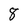
Character: 8